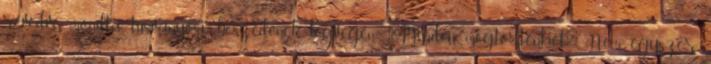
révedve mondta tusványosi beszédének legvégén: "Minden megtörténhet". Nem egyszer,